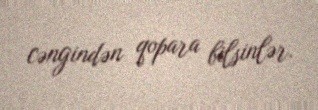
cəngindən qopara bilsinlər.